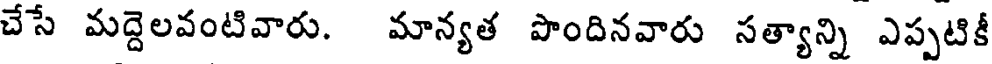
చేసే మద్దెలవంటివారు. మాన్యత పొందినవారు సత్యాన్ని ఎప్పటికీ